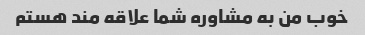
خوب من به مشاوره شما علاقه مند هستم